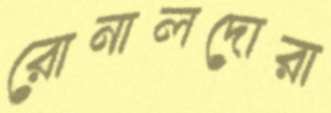
রোনালদোরা